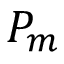
P _ { m }